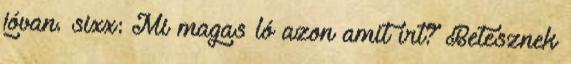
jóvan. sixx: Mi magas ló azon amit írt? Betesznek